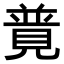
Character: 𧡟